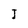
Character: I